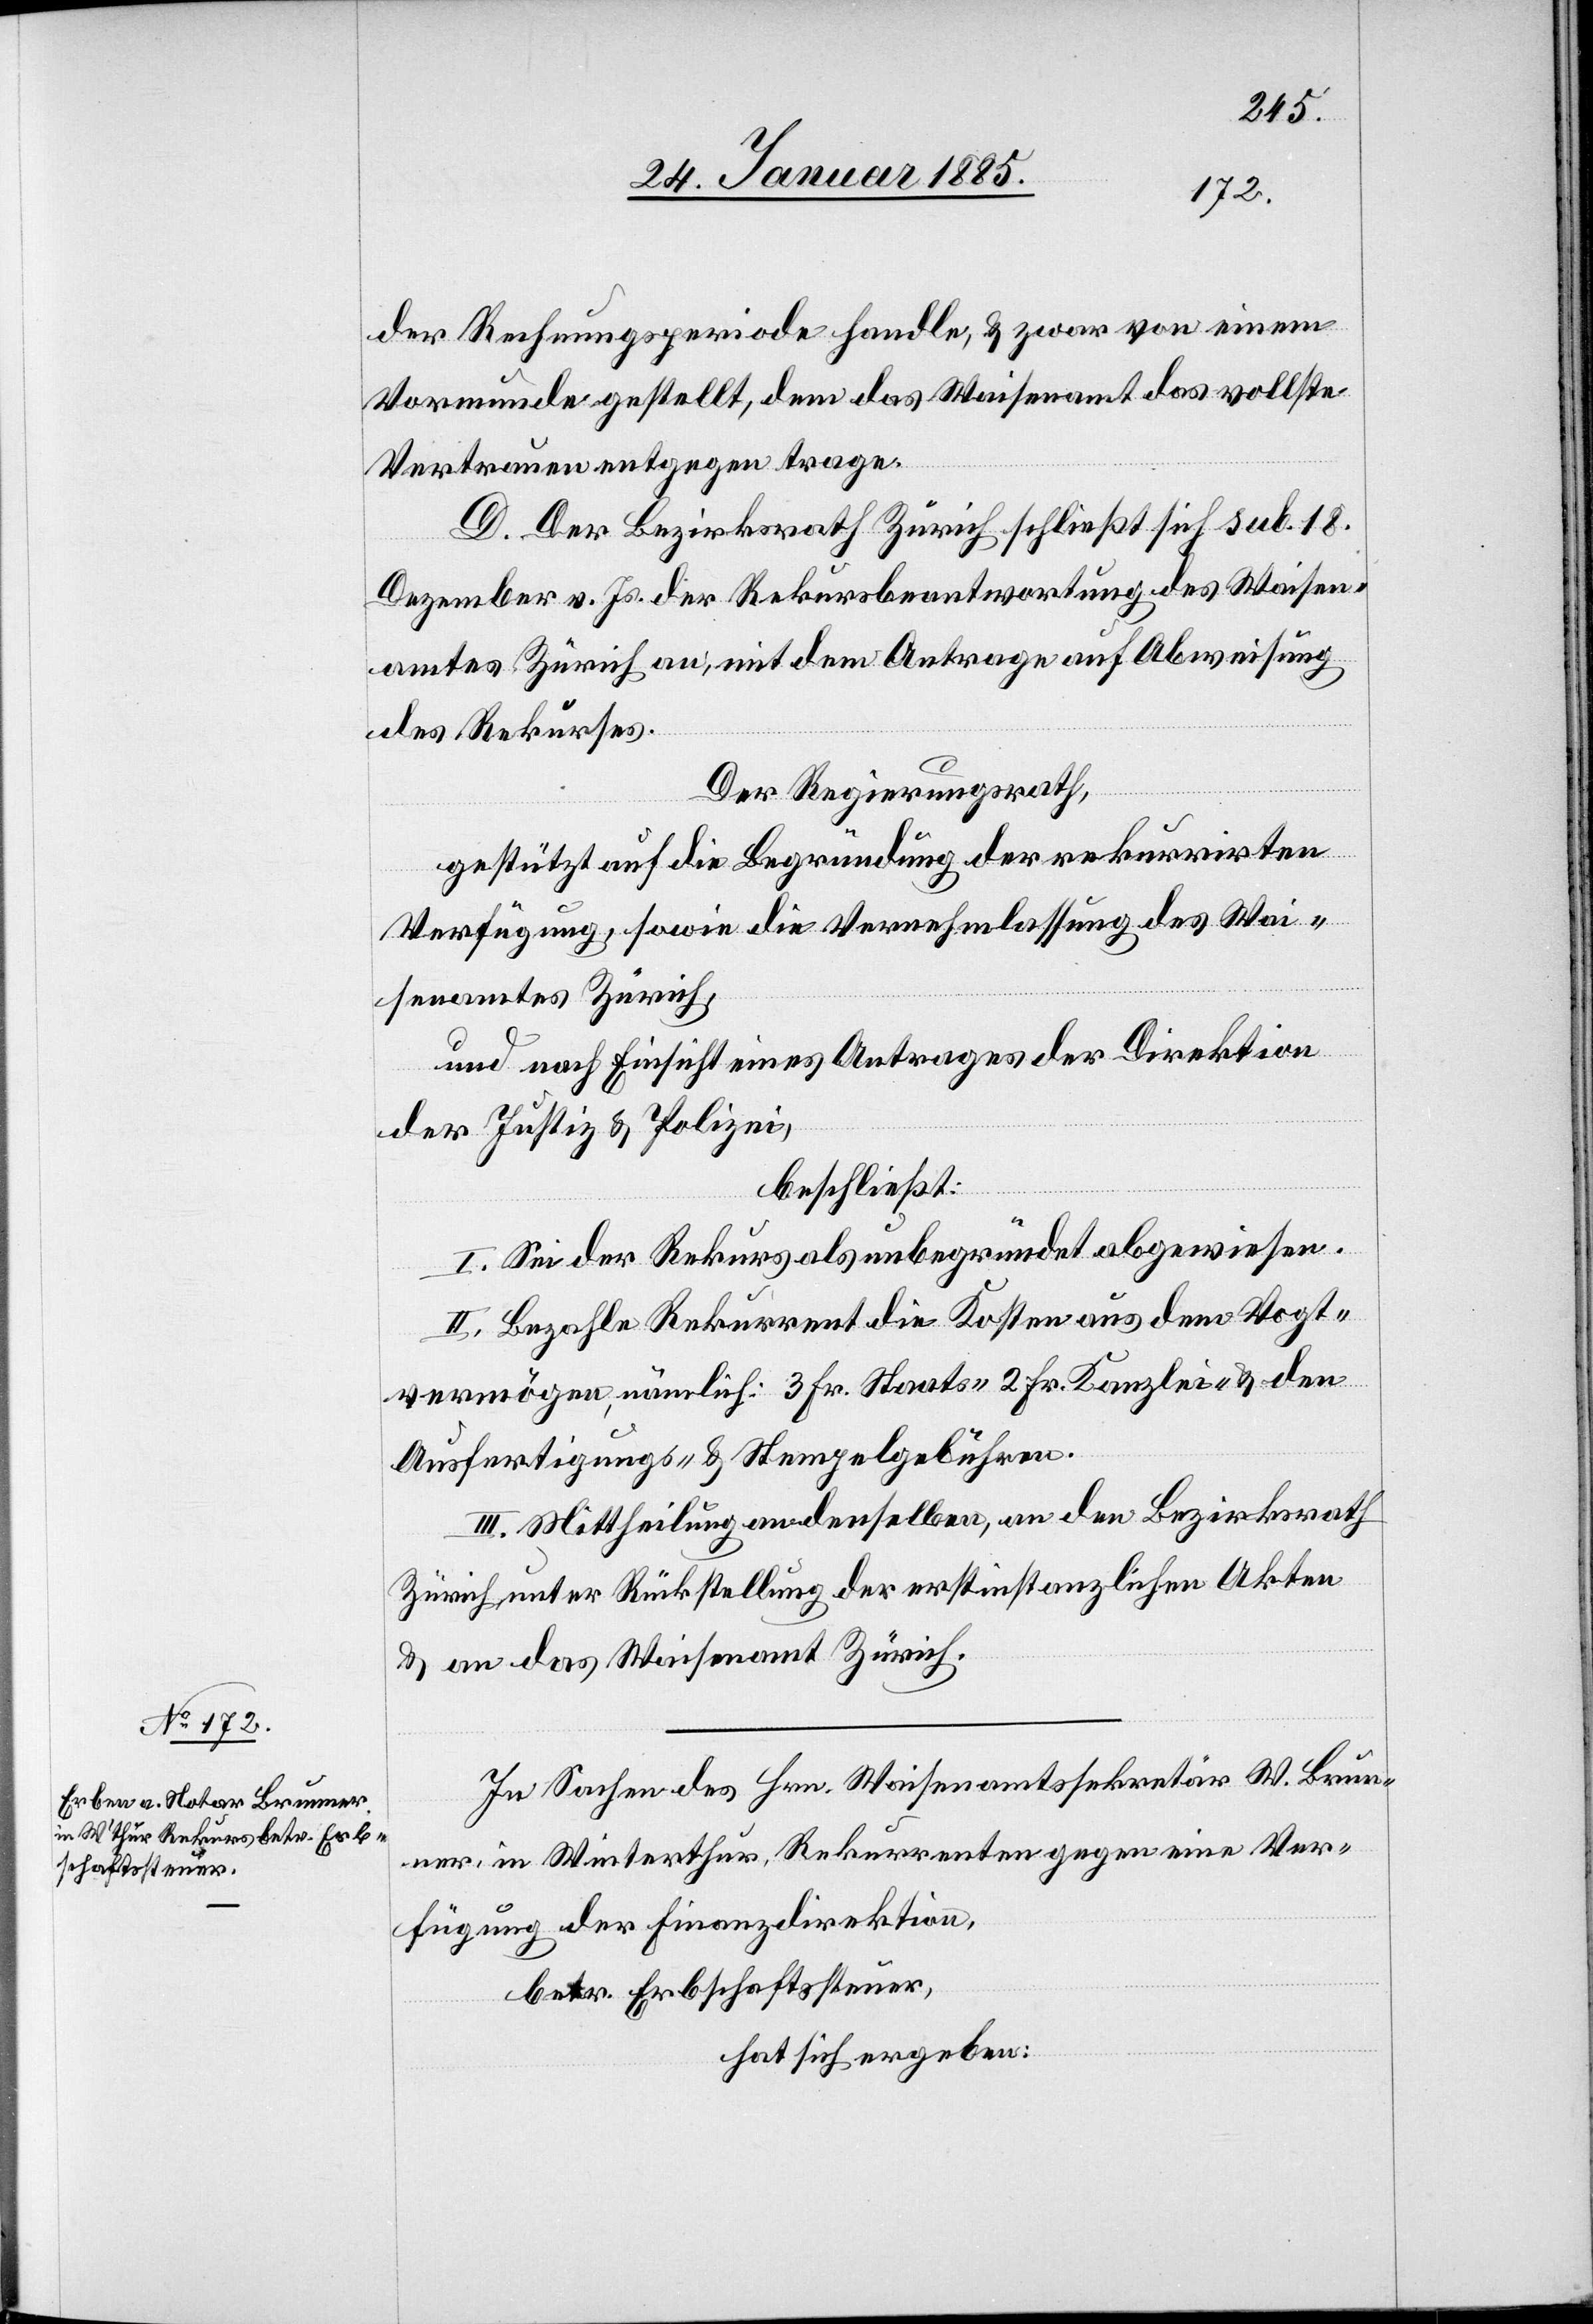
der Rechnungsperiode handle, & zwar von einem
Vormunde gestellt, dem das Waisenamt das vollste
Vertrauen entgegen trage.
D. Der Bezirksrath Zürich schließt sich sub. 18.
Dezember v. Js. der Rekursbeantwortung des Waisen¬
amtes Zürich an, mit dem Antrage auf Abweisung
des Rekurses.
Der Regierungsrath,
gestützt auf die Begründung der rekurrirten
Verfügung, sowie die Vernehmlassung des Wai¬
senamtes Zürich,
und nach Einsicht eines Antrages der Direktion
der Justiz & Polizei,
beschließt:
I. Sei der Rekurs als unbegründet abgewiesen.
II. Bezahle Rekurrent die Kosten aus dem Vogt¬
vermögen, nämlich: 3 Fr. Staats-[,] 2 Fr. Kanzlei- & den
Ausfertigungs- & Stempelgebühren.
III. Mittheilung an denselben, an den Bezirksrath
Zürich unter Rückstellung der erstinstanzlichen Akten
& an das Waisenamt Zürich.
In Sachen des Hrn. Waisenamtssekretär W. Brun¬
ner, in Winterthur, Rekurrenten gegen eine Ver¬
fügung der Finanzdirektion,
betr. Erbschaftssteuer,
hat sich ergeben: